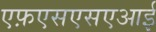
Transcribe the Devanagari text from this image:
एफ़एसएसएआई